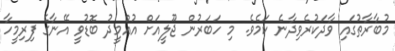
މުބާރާތުގައި ވާދަކުރެވިދާނެ ކަމެވެ. މި ހަބަރުން ޖޫލީއަށް އުއްމީދު ބޮޑުވީ އޭނާގެ ފިރިމީހާ